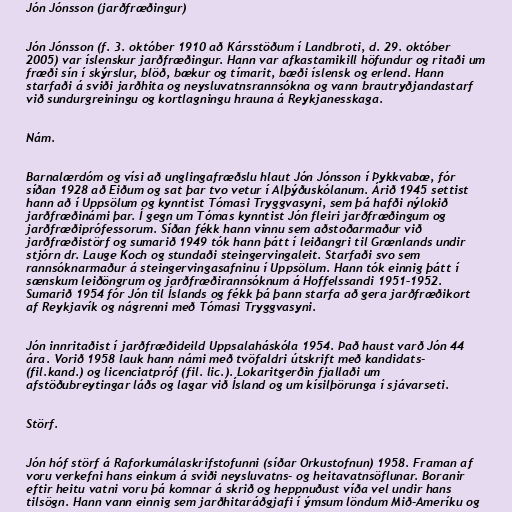
Jón Jónsson (jarðfræðingur)

Jón Jónsson (f. 3. október 1910 að Kársstöðum í Landbroti, d. 29. október
2005) var íslenskur jarðfræðingur. Hann var afkastamikill höfundur og ritaði um
fræði sín í skýrslur, blöð, bækur og tímarit, bæði íslensk og erlend. Hann
starfaði á sviði jarðhita og neysluvatnsrannsókna og vann brautryðjandastarf
við sundurgreiningu og kortlagningu hrauna á Reykjanesskaga.

Nám.

Barnalærdóm og vísi að unglingafræðslu hlaut Jón Jónsson í Þykkvabæ, fór
síðan 1928 að Eiðum og sat þar tvo vetur í Alþýðuskólanum. Árið 1945 settist
hann að í Uppsölum og kynntist Tómasi Tryggvasyni, sem þá hafði nýlokið
jarðfræðinámi þar. Í gegn um Tómas kynntist Jón fleiri jarðfræðingum og
jarðfræðiprófessorum. Síðan fékk hann vinnu sem aðstoðarmaður við
jarðfræðistörf og sumarið 1949 tók hann þátt í leiðangri til Grænlands undir
stjórn dr. Lauge Koch og stundaði steingervingaleit. Starfaði svo sem
rannsóknarmaður á steingervingasafninu í Uppsölum. Hann tók einnig þátt í
sænskum leiðöngrum og jarðfræðirannsóknum á Hoffelssandi 1951–1952.
Sumarið 1954 fór Jón til Íslands og fékk þá þann starfa að gera jarðfræðikort
af Reykjavík og nágrenni með Tómasi Tryggvasyni.

Jón innritaðist í jarðfræðideild Uppsalaháskóla 1954. Það haust varð Jón 44
ára. Vorið 1958 lauk hann námi með tvöfaldri útskrift með kandidats-
(fil.kand.) og licenciatpróf (fil. lic.). Lokaritgerðin fjallaði um
afstöðubreytingar láðs og lagar við Ísland og um kísilþörunga í sjávarseti.

Störf.

Jón hóf störf á Raforkumálaskrifstofunni (síðar Orkustofnun) 1958. Framan af
voru verkefni hans einkum á sviði neysluvatns- og heitavatnsöflunar. Boranir
eftir heitu vatni voru þá komnar á skrið og heppnuðust víða vel undir hans
tilsögn. Hann vann einnig sem jarðhitaráðgjafi í ýmsum löndum Mið-Ameríku og